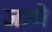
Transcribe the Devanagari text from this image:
जाणै